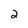
Character: 2